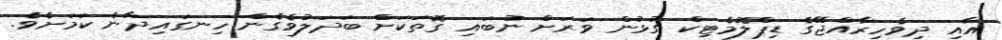
އާއި ދިވެހިރާއްޖޭގެ ޑިޕްލޮމެޓިކް ގުޅުން ވަރަށް ނުބައި ގޮތަކަށް ބަދަލުވެގެން ހިނގައިދާނެ ކަމަށެވެ.